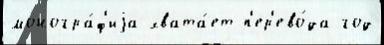
моногра́ф'иjа хвата́ет п'ер'ево́да год